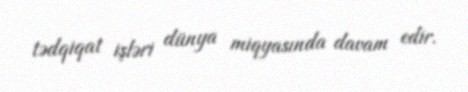
tədqiqat işləri dünya miqyasında davam edir.